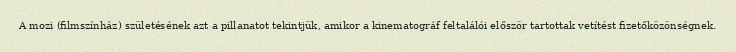
A mozi (filmszínház) születésének azt a pillanatot tekintjük, amikor a kinematográf feltalálói először tartottak vetítést fizetőközönségnek.